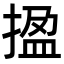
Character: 㨕